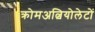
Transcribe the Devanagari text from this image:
क्रोमअल्वियोलेटों